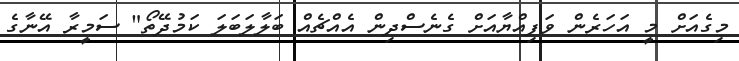
މިގެއަށް މީ އަހަރެން ވަފިއްޔާއަށް ގެނެސްދިން އެއްޗެއް ބަލާލަބަލަ ކަމުދޭތޯ" ސަމީރާ އޭނާގެ